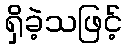
ရှိခဲ့သဖြင့်